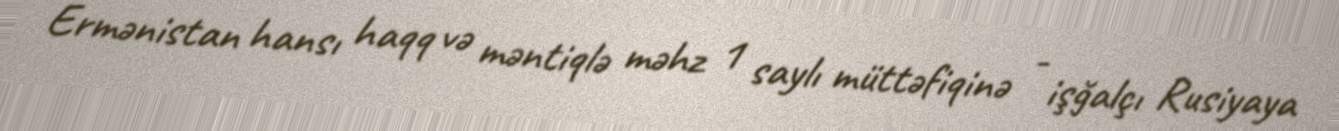
Ermənistan hansı haqq və məntiqlə məhz 1 saylı müttəfiqinə - işğalçı Rusiyaya